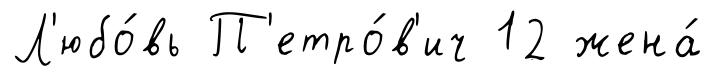
Л'юбо́вь П'етро́в'ич 12 жена́